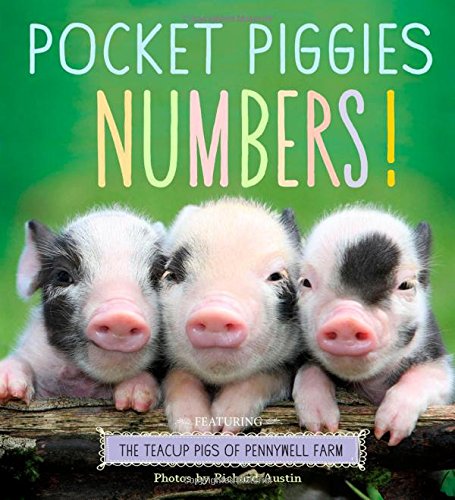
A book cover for Pocket Piggies Numbers!: Featuring the Teacup Pigs of Pennywell Farm; Children's Books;